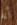
أنه